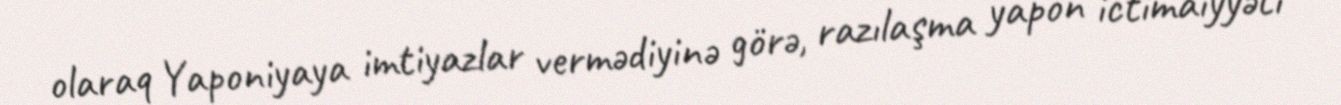
olaraq Yaponiyaya imtiyazlar vermədiyinə görə, razılaşma yapon ictimaiyyəti